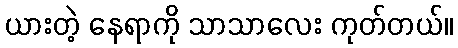
ယားတဲ့ နေရာကို သာသာလေး ကုတ်တယ်။